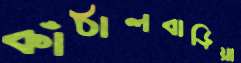
কাঁঠালবাড়িয়া